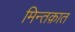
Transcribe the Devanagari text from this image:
मिन्तक़ात